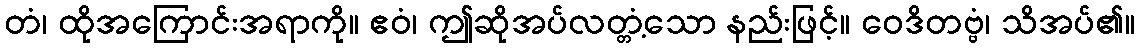
တံ၊ ထိုအကြောင်းအရာကို။ ဧဝံ၊ ဤဆိုအပ်လတ္တံ့သော နည်းဖြင့်။ ဝေဒိတဗ္ဗံ၊ သိအပ်၏။